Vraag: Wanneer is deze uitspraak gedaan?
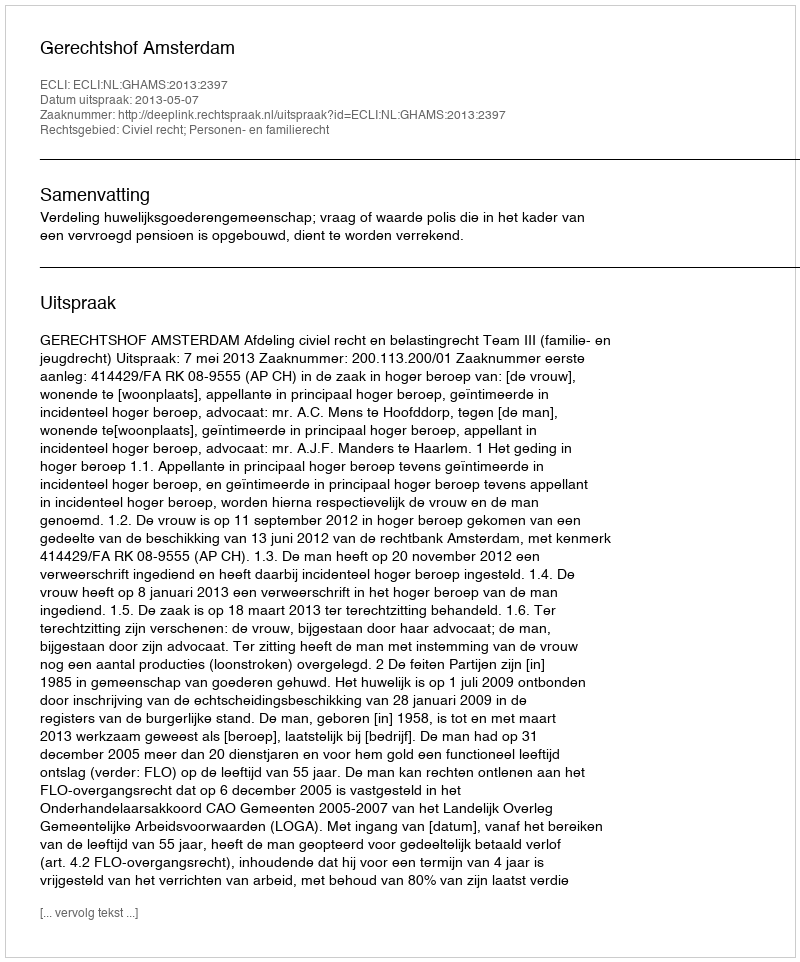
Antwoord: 2013-05-07